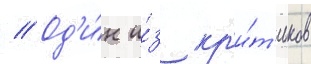
// Од'и́н и́з кр'и́т'иков